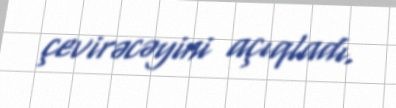
çevirəcəyini açıqladı.